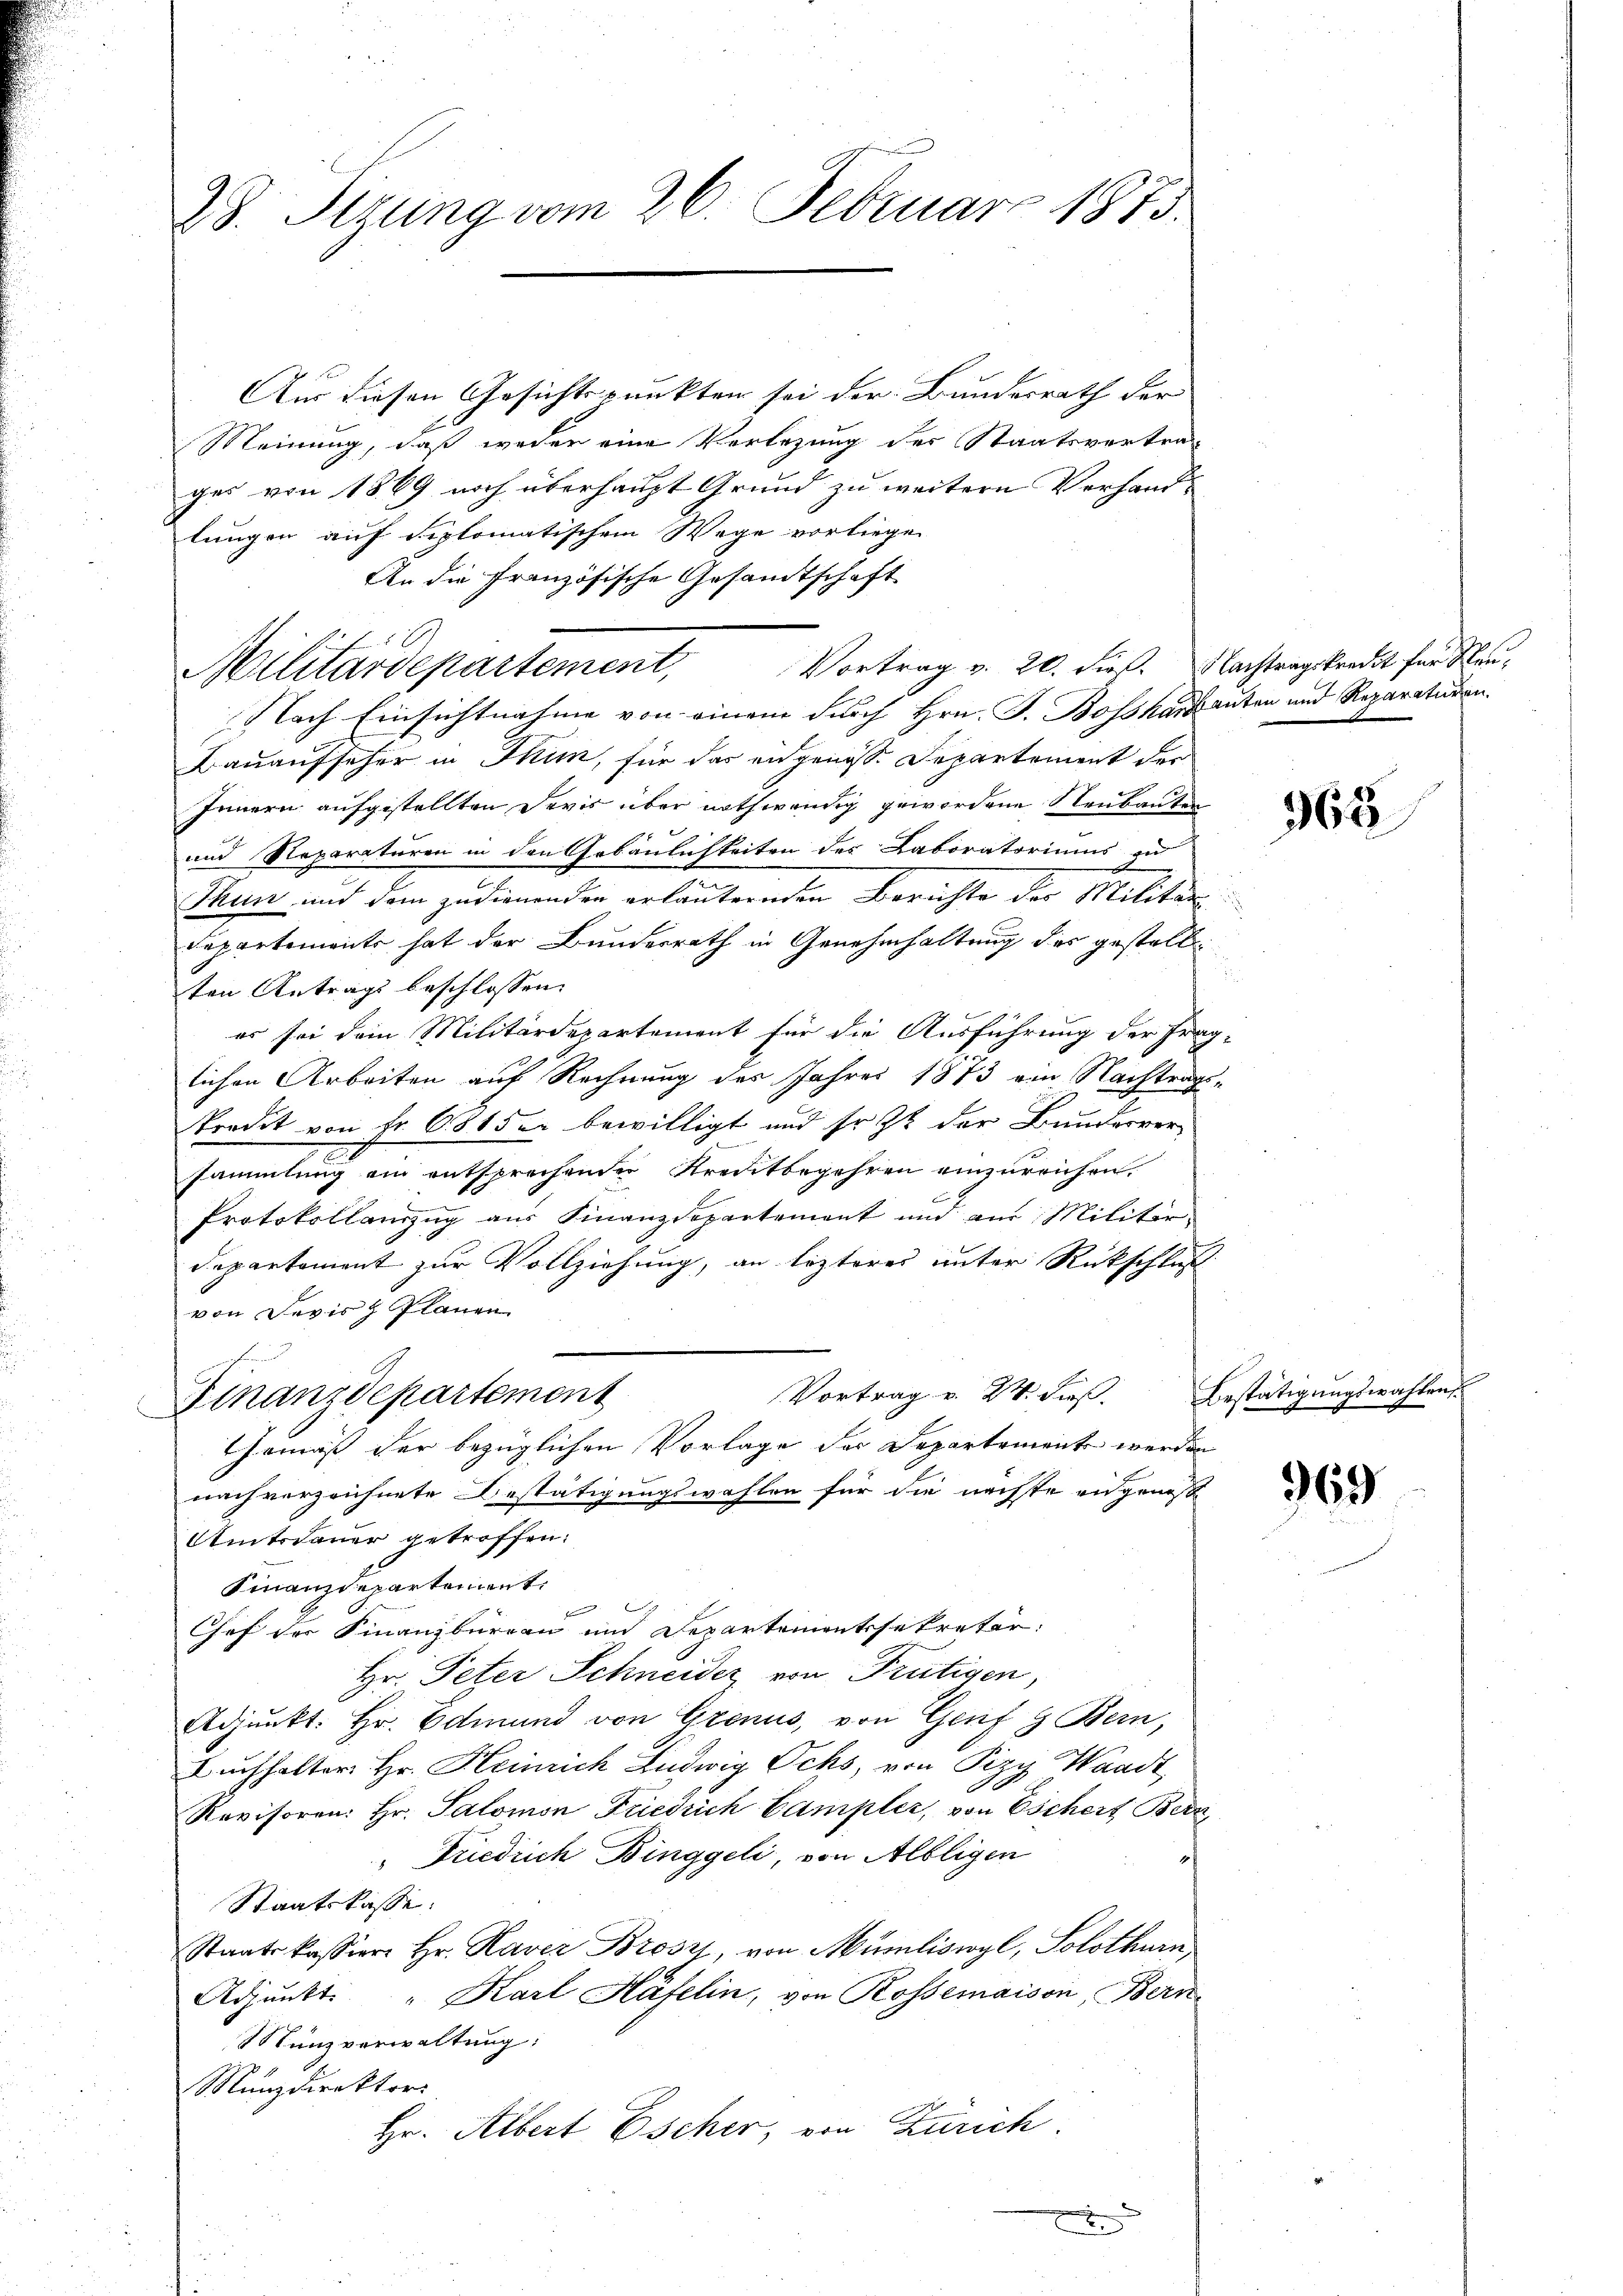
28. Sizung vom 26. Februar 1873.

Aus diesen Gesichtspunkten sei der Bundesrath der
Meinung, daß weder eine Vorlegung der Staatsvertrag
ges von 1869 noch überhaupt Grund zu weitern Verhandlungen auf diplomatischem Wege vorliegen
An die Französische Gesandtschaft
Militärdepartement,
Nach Einsichtnahme von einem durch Hrn. F. Bosskartguten und Reparaturen.
Bauaufseher in Thun, für das eidgenosse Departement der
Innern aufgestellten Devis über nothwendig gewordene Neubauten
und Reparaturen in den Gebäulichkeiten des Laboratoriums in
Thun und dem zudienenden erläuternden Berichte der Militar-
Departements hat der Bundesrath in Genehmhaltung des gestellten Antrags beschlossen:
er sei dem Militärdepartement für die Ausführung der Frag-
lichen Arbeiten auf Rechnung des Jahres 1873 ein Nachtrags-
trodet von Fr. 681 der bewilligt und so zu der Bundesver-
sammlung ein entsprechender Kreutbegehren einzureichen.
Protokollanzug aus Finanzdepartement und am Militär-
departement zur Vollziehung, an lezteres unter Rückschluß
von Devisz Planen
Vortrag v. 24. dieß.
Finanzdepartement
Gemäß der bezüglichen Vorlage der Departement werden
nach verzeichnete Bestätigungswahlen für die nächste eidgenosse
Amtsdauer getroffen.
Finanzdepartement

Chef der Finanzbüreau und Departementssekretär
Hr. Peter Schneider von Frutigen,
Adjunkt. Hr. Edmund von Grenus, von Genf 9 Bern,
Buchhalter Hr. Heinrich Ludwig Ochs, von Pizy Waadt,
Revisoren: Hr. Salomon Friedrich Campler, von Eschert Bern,
" Friedrich Binggeli, von Albligen
Staatskasse.
Staatskassier Hr. Raver Brosi, von Mumliswyl, Solothurn,
Adjunkt. " Karl Häfelin, von Rossemaison, Bern
Münzverwaltung:
Münzdirektors
Hr. Albert Escher, von Zürich.

5

Vortrag v. 20. dieß. Nachtragskredit für Neu¬

A

365

Bestätigungswahlen

969